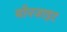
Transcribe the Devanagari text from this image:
मौनजाइट